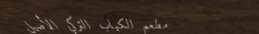
مطعم الكباب التركي الأصيل